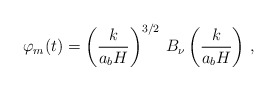
\begin{align*}\varphi_m(t) = \left( \frac{k}{a_bH} \right)^{3/2} \, B_\nu\left(\frac{k}{a_bH}\right) \,,\end{align*}